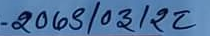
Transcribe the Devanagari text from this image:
-२०७४/०३/१२